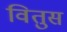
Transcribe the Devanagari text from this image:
वितुस